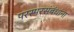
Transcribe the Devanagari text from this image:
परस्परसंबंधांना